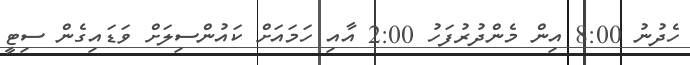
ހެދުނު 8:00 އިން މެންދުރުފަހު 2:00 އާއި ހަމައަށް ކައުންސިލަށް ވަޑައިގެން ސިޓީ